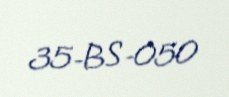
35-BS-050